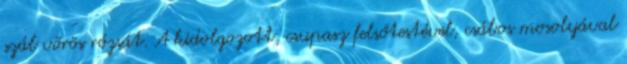
szál vörös rózsát. A kidolgozott, csupasz felsőtestével, csábos mosolyával